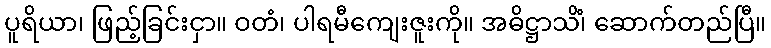
ပူရိယာ၊ ဖြည့်ခြင်းငှာ။ ဝတံ၊ ပါရမီကျေးဇူးကို။ အဓိဋ္ဌာသိံ၊ ဆောက်တည်ပြီ။